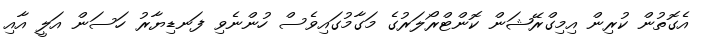
އެގޮތުން ކުރިން އިމިގްރޭޝަން ކޮންޓްރޯލަރުގެ މަގާމުގައިވެސް ހުންނެވި ފަނޑިޔާރު ހަސަން އަލީ އާއި